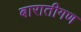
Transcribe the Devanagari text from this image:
बारातीगण